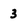
Character: 3